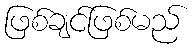
ဖြစ်ချင်ဖြစ်မည်